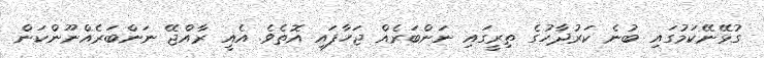
ގުޅޭނޭކަމުގައި ބުނެ ކަރުދާހުގެ ތިރީގައި ނަންބަރެއް ޖަހާފައި އޮތެވެ. އެއީ ރާއްޖޭ ނަންބަރެއްނޫންކަން